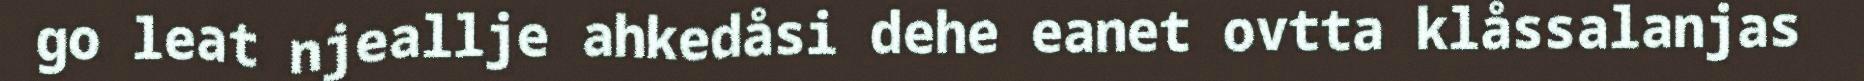
go leat njeallje ahkedåsi dehe eanet ovtta klåssalanjas